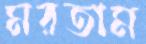
মরতাম